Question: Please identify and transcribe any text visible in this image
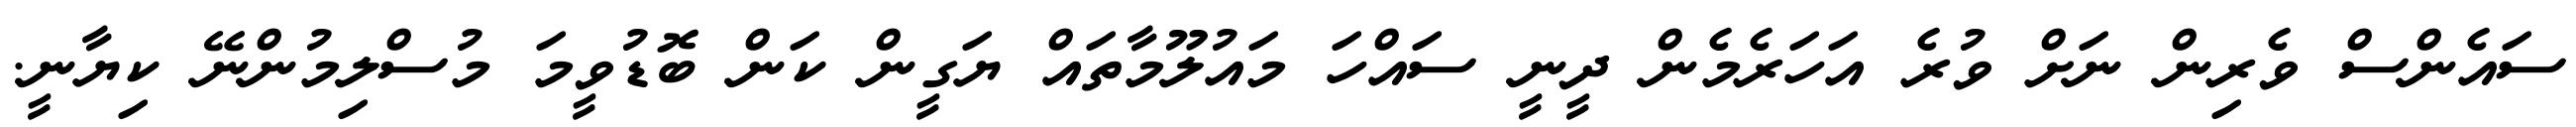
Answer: ސައެންސް ވެރިން ނަށް ވުރެ އަހަރެމެން ދީނީ ސައްހަ މައުލޫމާތައް ޔަގީން ކަން ބޮޑުވީމަ މުސްލިމުންނޭ ކިޔާނީ.